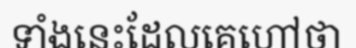
ទាំងនេះដែលគេហៅថា